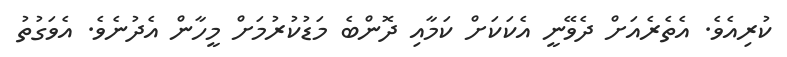
ކުރިއެވެ. އެތެރެއަށް ދެވޭނީ އެކަކަށް ކަމާއި ދޮންބެ މަޑުކުރުމަށް މީހާން އެދުނެވެ. އެވަގުތު